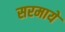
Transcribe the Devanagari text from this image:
सरमाये